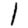
Digit: 1